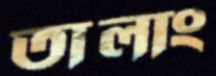
তালাং